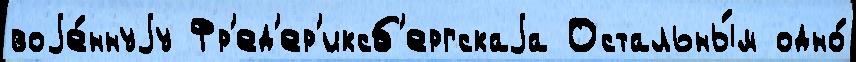
воjе́ннуjу Фр'ед'ер'иксб'ергскаjа Остальны́м одно́